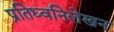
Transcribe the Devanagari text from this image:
प्रतिध्वनिलेखन